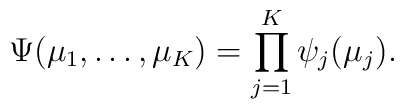
\Psi(\mu_1,\ldots,\mu_{K})=\prod_{j=1}^{K}\psi_j(\mu_j).